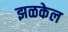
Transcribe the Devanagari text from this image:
झळकेल